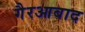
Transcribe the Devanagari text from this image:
गैरआबाद